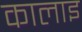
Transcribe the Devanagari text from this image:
कालाइ